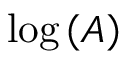
\log \left( A \right)